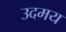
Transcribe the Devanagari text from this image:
उदमय